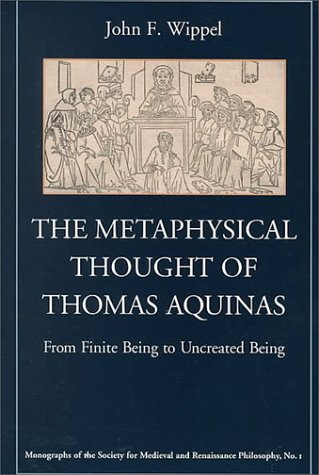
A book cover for The Metaphysical Thought of Thomas Aquinas: From Finite Being to Uncreated Being (Monographs of the Society for Medieval and Renaissance Philosophy, 1); John F. Wippel; Politics & Social Sciences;